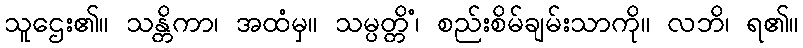
သူဌေး၏။ သန္တိကာ၊ အထံမှ။ သမ္ပတ္တိံ၊ စည်းစိမ်ချမ်းသာကို။ လဘိ၊ ရ၏။